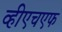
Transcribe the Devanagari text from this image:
व्हीएचएफ